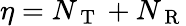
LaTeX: \eta=N_{\mathrm{~T~}}+N_{\mathrm{~R~}}